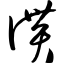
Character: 偾